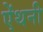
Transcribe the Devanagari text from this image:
ऐंथनी